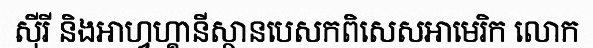
ស៊ីរី និងអាហ្វហ្គានីស្ថានបេសកពិសេសអាមេរិក លោក